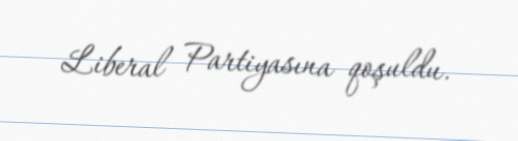
Liberal Partiyasına qoşuldu.